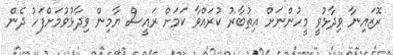
ރޮޒައިނާ ވިދާޅުވީ މީހުންނަށް އިތުބާރު ކުރައްވާ ކަމަށް ރައީސް ޔާމިން ވިދާޅުވުމަށްފަހު ދެން